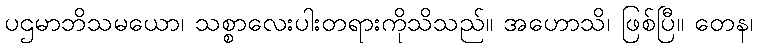
ပဌမာဘိသမယော၊ သစ္စာလေးပါးတရားကိုသိသည်။ အဟောသိ၊ ဖြစ်ပြီ။ တေန၊